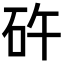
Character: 𥐭